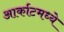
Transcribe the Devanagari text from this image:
आर्काटमध्ये